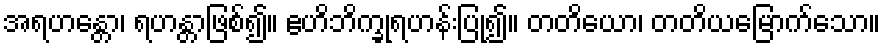
အရဟန္တော၊ ရဟန္တာဖြစ်၍။ ဧဟိဘိက္ခုရဟန်းပြု၍။ တတိယော၊ တတိယမြောက်သော။